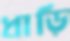
ধাড়ি